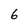
Character: 6